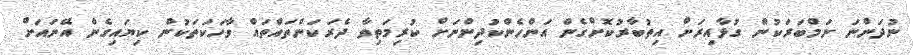
ނުދަންނަ ނަމްބަރަކުން ގުޅާއިރަށް އިތުބާރުކޮށްގެން އަންހެންކުދިންނަށް ކުރިމަތިވާ ދެރަކަންތައްތައް ވާހަކަތަކުން ކިޔައިގެން އޭނައަށް